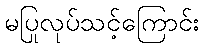
မပြုလုပ်သင့်ကြောင်း